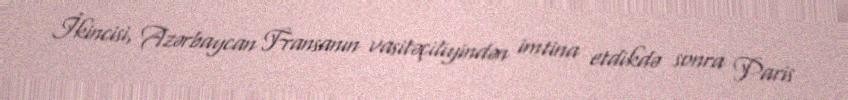
İkincisi, Azərbaycan Fransanın vasitəçiliyindən imtina etdikdə sonra Paris